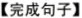
【完成句子】